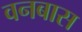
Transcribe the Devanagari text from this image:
वनबास